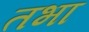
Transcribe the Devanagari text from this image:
तभा